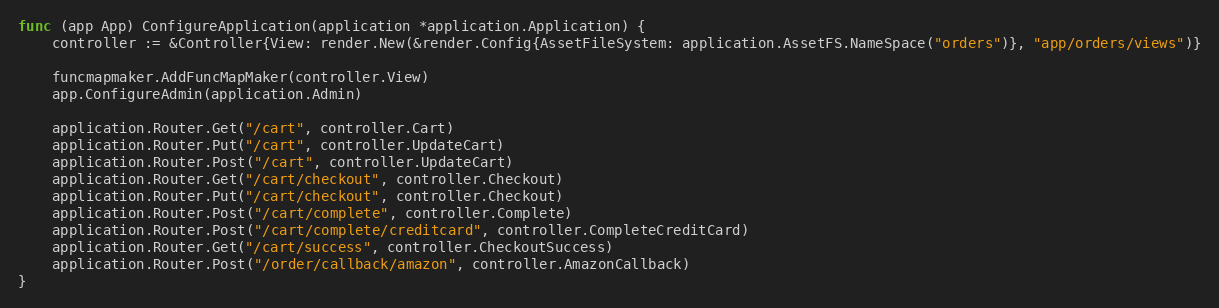
Language: Go
func (app App) ConfigureApplication(application *application.Application) {
	controller := &Controller{View: render.New(&render.Config{AssetFileSystem: application.AssetFS.NameSpace("orders")}, "app/orders/views")}

	funcmapmaker.AddFuncMapMaker(controller.View)
	app.ConfigureAdmin(application.Admin)

	application.Router.Get("/cart", controller.Cart)
	application.Router.Put("/cart", controller.UpdateCart)
	application.Router.Post("/cart", controller.UpdateCart)
	application.Router.Get("/cart/checkout", controller.Checkout)
	application.Router.Put("/cart/checkout", controller.Checkout)
	application.Router.Post("/cart/complete", controller.Complete)
	application.Router.Post("/cart/complete/creditcard", controller.CompleteCreditCard)
	application.Router.Get("/cart/success", controller.CheckoutSuccess)
	application.Router.Post("/order/callback/amazon", controller.AmazonCallback)
}